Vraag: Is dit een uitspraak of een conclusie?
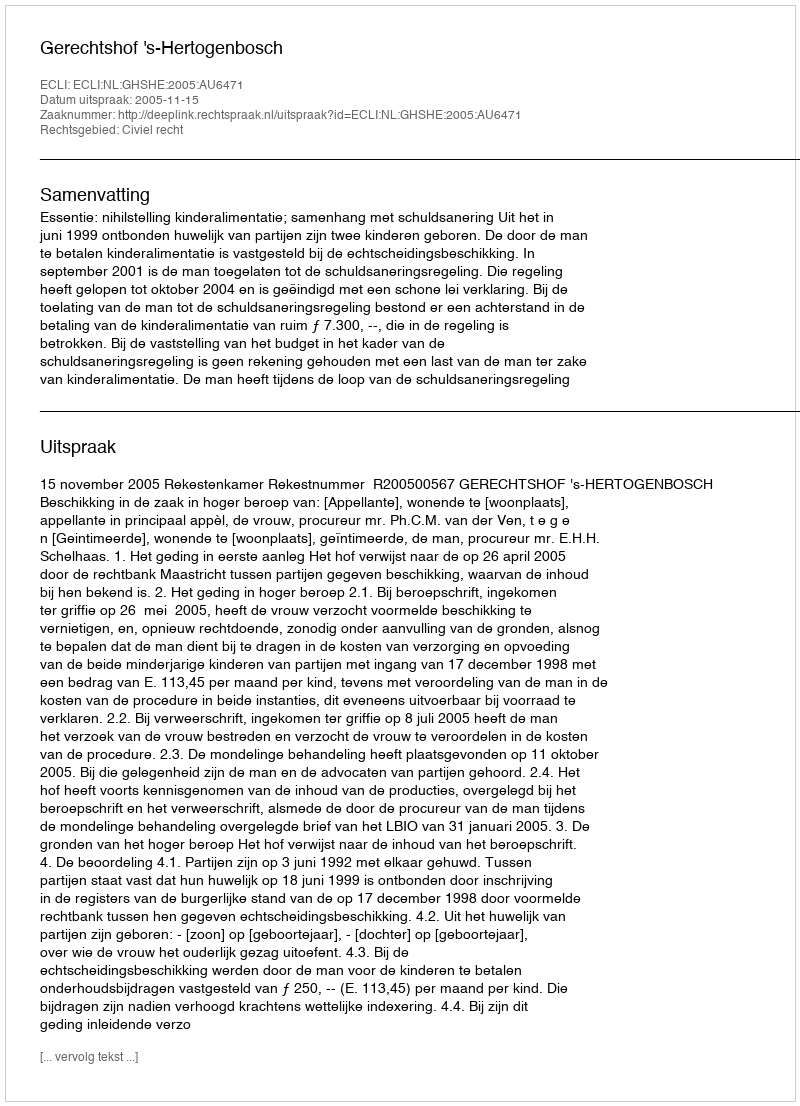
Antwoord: Uitspraak